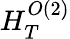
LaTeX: H_{T}^{O(2)}